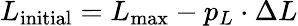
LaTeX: L_{\mathrm{initial}}=L_{\mathrm{max}}-p_{L}\cdot\Delta L